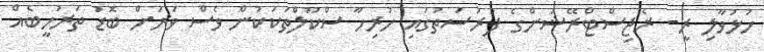
ހުޅުވާލި ރީ- ރެޖިސްޓްރޭޝަންގެ ފުރުސަތުގައި ހުރިހާ ސްކޫލްތަކަކުން ވެސް ވަރަށް ބޮޑު ތަރުހީބެއް